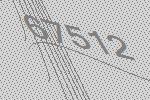
67512